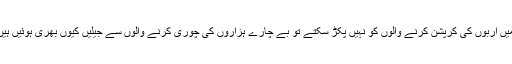
ان کا کہنا تھا کہ اگر اس ملک میں اربوں کی کرپشن کرنے والوں کو نہیں پکڑ سکتے تو بے چارے ہزاروں کی چوری کرنے والوں سے جیلیں کیوں بھری ہوئیں ہیں، انہیں بھی رہا کر دینا چاہیے۔